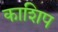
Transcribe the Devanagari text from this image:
काशिप